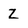
Character: Z